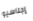
إجناسيو